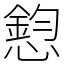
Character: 憌